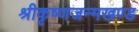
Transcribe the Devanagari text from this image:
श्रीकृष्णजन्मखण्ड